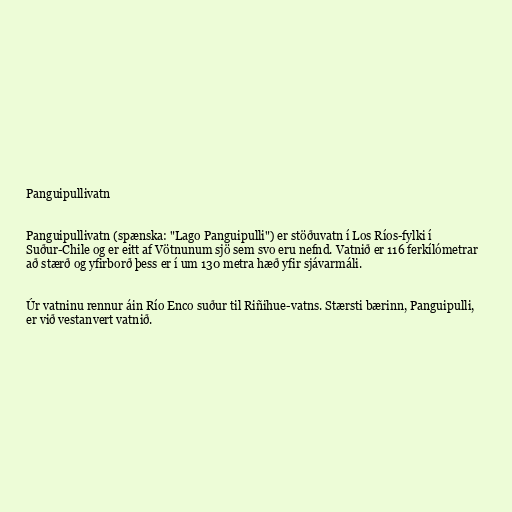
Panguipullivatn

Panguipullivatn (spænska: "Lago Panguipulli") er stöðuvatn í Los Ríos-fylki í
Suður-Chile og er eitt af Vötnunum sjö sem svo eru nefnd. Vatnið er 116 ferkílómetrar
að stærð og yfirborð þess er í um 130 metra hæð yfir sjávarmáli.

Úr vatninu rennur áin Río Enco suður til Riñihue-vatns. Stærsti bærinn, Panguipulli,
er við vestanvert vatnið.